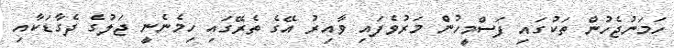
ހަމަނުޖެހުން ތަކުގައި ފަސްމީހުން މަރުވެފައި ވާއިރު އޭގެ ތެރޭގައި ހިމެނެނީ ޖަލުގެ ދެގާޑަކާއި